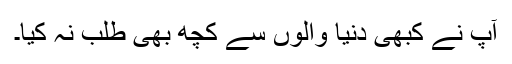
آپ نے کبھی دنیا والوں سے کچھ بھی طلب نہ کیا۔